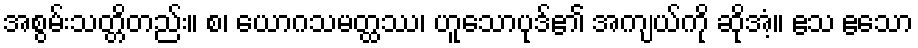
အစွမ်းသတ္တိတည်း။ စ၊ ယောဂသမတ္ထဿ၊ ဟူသောပုဒ်၏ အကျယ်ကို ဆိုအံ့။ ဧသ ဧသော